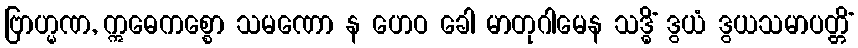
ဗြာဟ္မဏ, ဣဓေကစ္စော သမဏော န ဟေဝ ခေါ မာတုဂါမေန သဒ္ဓိံ ဒွယံ ဒွယသမာပတ္တိံ